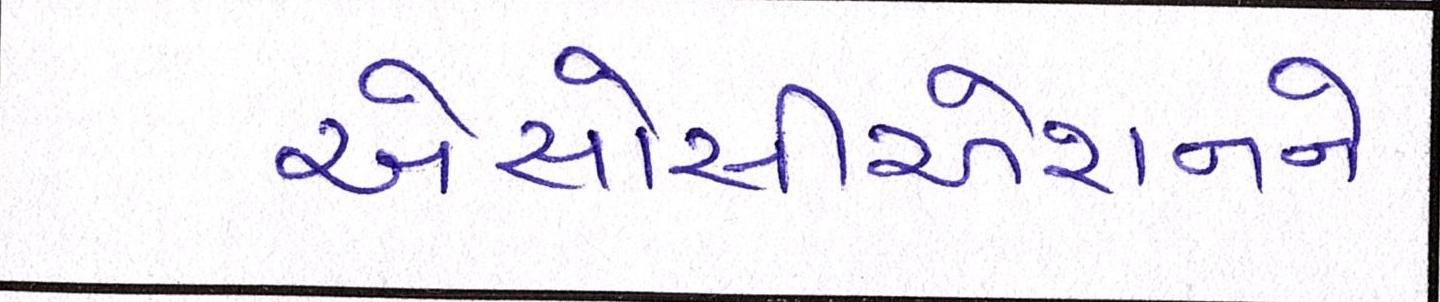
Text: એસોસીએશનને